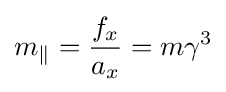
m_{\Vert }={\frac {f_{x}}{a_{x}}}=m\gamma ^{3}